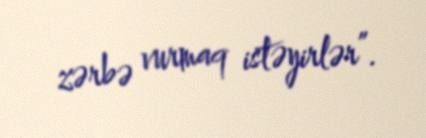
zərbə vurmaq istəyirlər”.